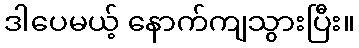
ဒါပေမယ့် နောက်ကျသွားပြီး။